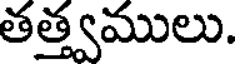
తత్త్వములు.